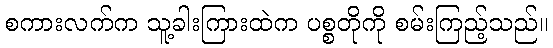
စကားလက်က သူ့ခါးကြားထဲက ပစ္စတိုကို စမ်းကြည့်သည်။